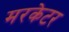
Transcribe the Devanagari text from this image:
मरकेटर